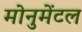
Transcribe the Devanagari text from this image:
मोनुमेंटल